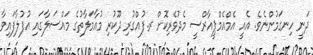
ދަނީ ހިނގަމުންނެވެ. އެއީ އެމްއެމްޕީއާރްސީ މެދުވެރިކޮށް ރ.ފުއްގުރި ދޫކުރި މުއާމަލާތުގެ މައްސަލާގައި އުފުލާފައިވާ